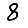
Digit: 8